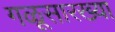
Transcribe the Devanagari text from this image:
गळूसारख्या